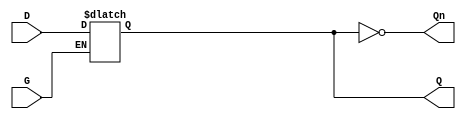
module async_gated_latch (
    input wire D,    // Data input
    input wire G,    // Gate input
    output reg Q,    // Output
    output wire Qn   // Inverted output
);

// Inverted output
assign Qn = ~Q;

// Latch behavior
always @(*) begin
    if (G) begin
        Q = D;  // Capture D when G is high
    end
    // If G is low, Q retains its previous value
end

endmodule